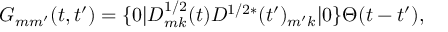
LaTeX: G _ { m m ^ { \prime } } ( t , t ^ { \prime } ) = \{ 0 | D _ { m k } ^ { 1 / 2 } ( t ) D ^ { 1 / 2 * } ( t ^ { \prime } ) _ { m ^ { \prime } k } | 0 \} \Theta ( t - t ^ { \prime } ) ,